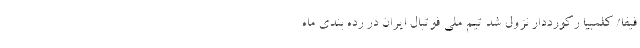
فیفا/ کلمبیا رکورددار نزول شد تیم ملی فوتبال ایران در رده بندی ماه